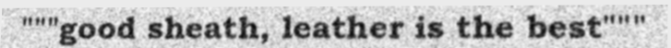
"""good sheath, leather is the best"""